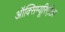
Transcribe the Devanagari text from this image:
ऑक्सिम्यूरिएटिक